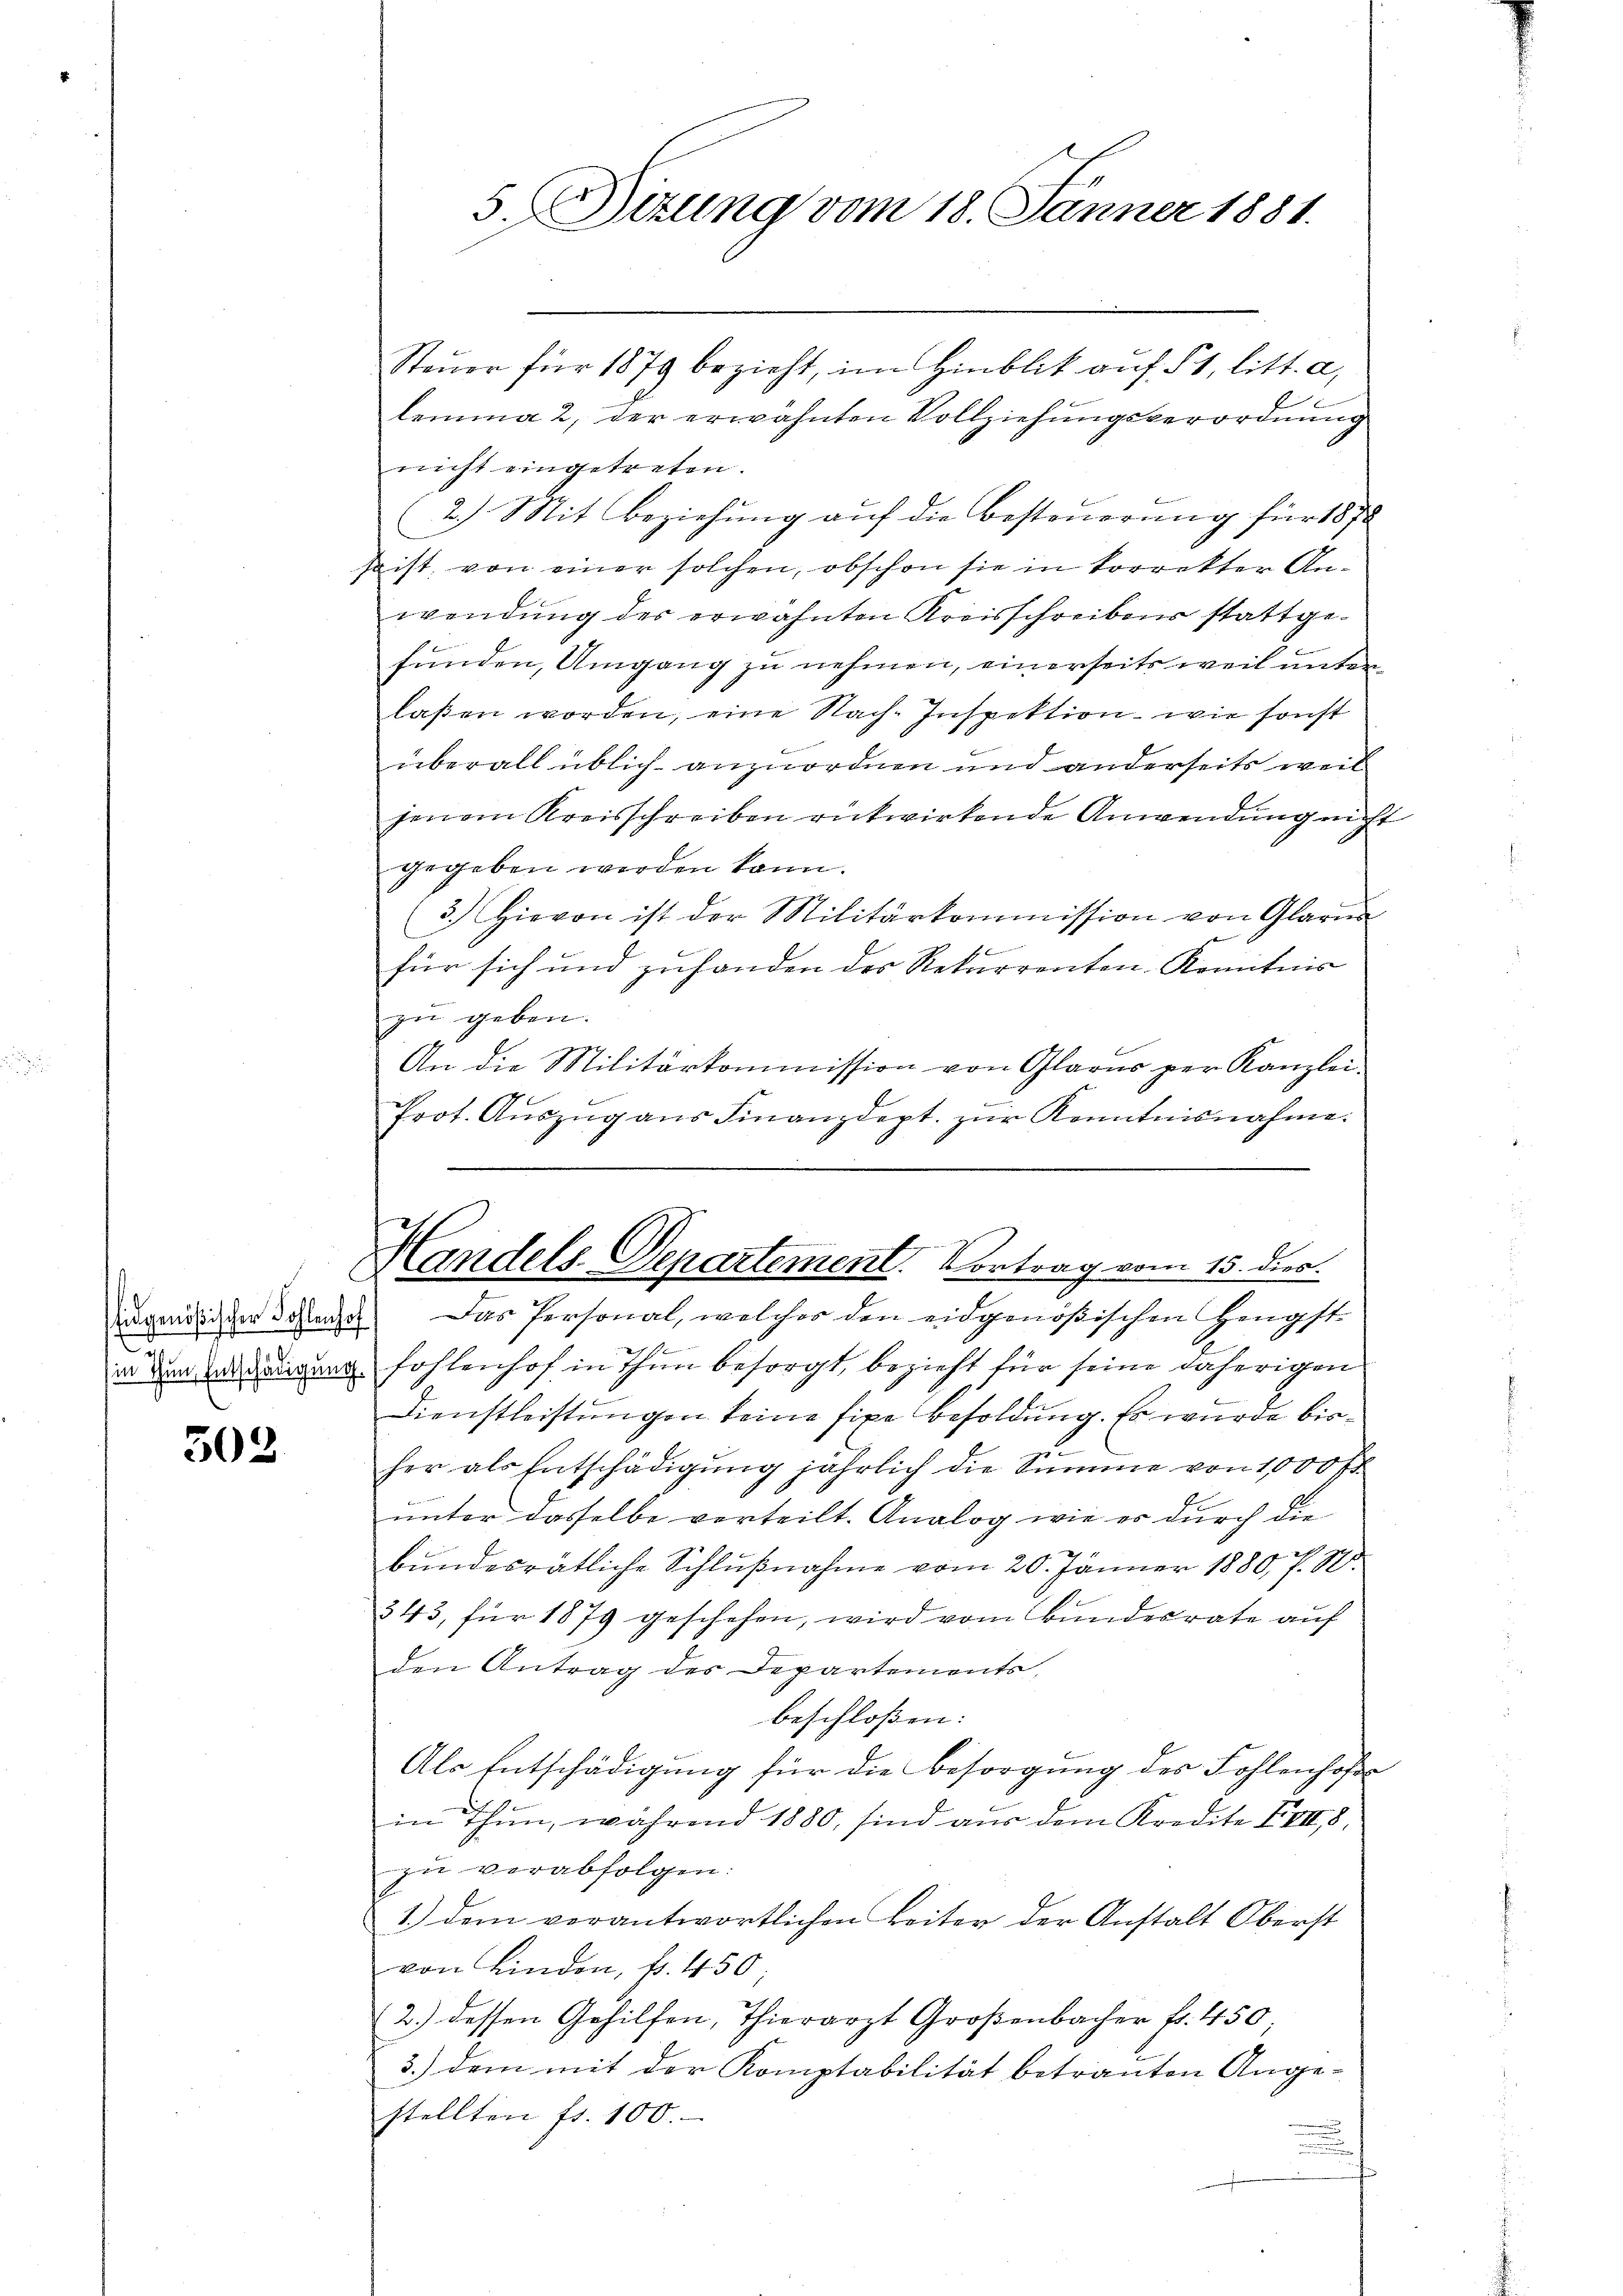
302

Steŭer für 1879 bezieht, im Hinblik auf 51, litt. a,
lemma 2 der erwähnten Vollziehungsverordnung
nicht eingetreten.
2.) Mit Beziehung auf die Besteuerung für 1878
spist, von einer solchen, obschon sie in korrekter Anwendung des erwähnten Kreisschreibens stattgefunden, Umgang zu nehmen, einerseits weil unterlaßen worden, eine Nach-Inspektion, wie sonst
überall üblich anzuordnen und anderseits weil
jenem Kreisschreiben rückwirkende Anwendung nicht
gegeben werden kann.
3.) Hievon ist der Militärkommission von Glarus

für sich und zufanden des Rekurrenten-Kenntnis
zu geben.
An die Militärkommission von Glarus per Kanzlei-
Prot. Aŭszŭg ans Finanzdept. zŭr Kenntnisnahme.

5.Ditung vom 18. Jänner 1881.

Handels-Departement. Vortrag vom 15. dies.

ingenößischer Kostenze. Das Personal, welcher den eidgenößischen Hengst
in den angen fohlenhof in Thun besorgt, bezieht für seine daherigen
Dienstleistungen keine fixe Besoldung. Es wurde bise
her als Entschädigung jährlich die Summe von 1000 fl
unter dasselbe verteilt. Analog wie er durch die
bŭndesrätliche Schlŭβnahme vom 20. Jänner 1880, s. S.
343, für 1879 geschehen, wird vom Bundesrate auf
den Antrag des Departements,
beschloßen:
Als Entschädigung für die Besorgung des Fohlenhofer
in Thun, während 1880, sind aus dem Kredite XIII 8,
zu verabfolgen:
1.) dem verantwortlichen Leiter der Anstalt Oberst
von Binden, f. 450
2.) dessen Gehilfen, Thierarzt Großenbacher fr. 450;
3.) dem mit der Komptabilität betrauten Ange-
stellten fr. 100.